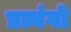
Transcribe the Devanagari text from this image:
प्रत्यंगो